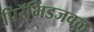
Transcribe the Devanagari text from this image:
पिरॅमिडजवळ